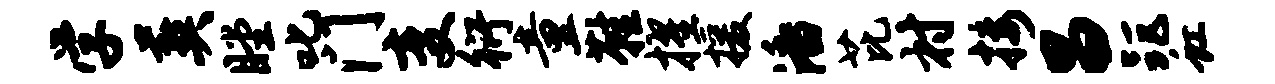
学葬瞠叱门变衍童鞋擢援潘芘村接昌距虹